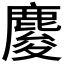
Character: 𪊴